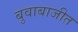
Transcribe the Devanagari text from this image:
बुवाबाजीत